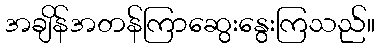
အချိန်အတန်ကြာဆွေးနွေးကြသည်။